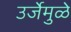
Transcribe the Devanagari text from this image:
उर्जेमुळे